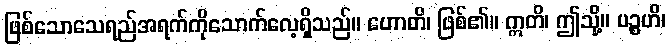
ဖြစ်သောသေရည်အရက်ကိုသောက်လေ့ရှိသည်။ ဟောတိ၊ ဖြစ်၏။ ဣတိ၊ ဤသို့။ ပဉ္စဟိ၊